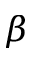
\beta